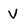
Character: V